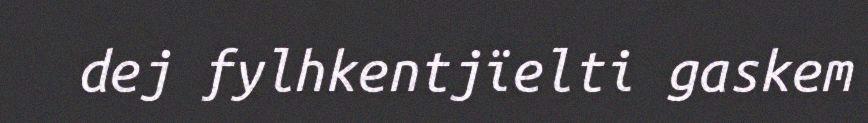
dej fylhkentjïelti gaskem